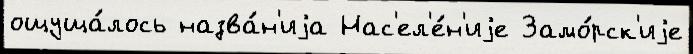
ощуща́лось назва́н'иjа Нас'ел'е́н'иjе Замо́рск'иjе